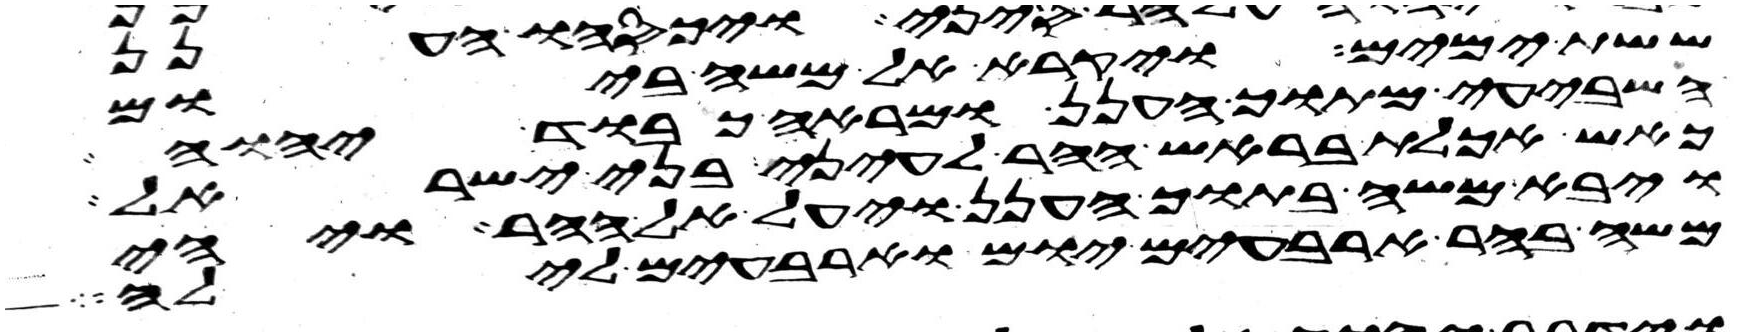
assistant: ששת ימים ויקרא אל משה ביום
השביעי מתוך הענן ומראה כבוד יהוה
כאש אכלת בראש ההר לעיני בני ישראל
ויבא משה בתוך הענן ויעל אל ההר ויהי
משה בהר ארבעים יום וארבעים לילה